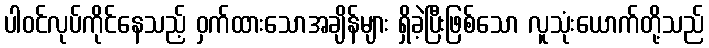
ပါဝင်လုပ်ကိုင်နေသည့် ဝှက်ထားသောအချိန်များ ရှိခဲ့ပြီးဖြစ်သော လူသုံးယောက်တို့သည်